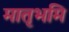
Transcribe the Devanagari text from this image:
मातृभमि